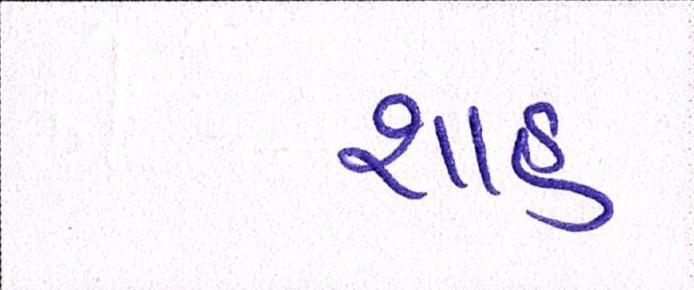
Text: શાહઃ